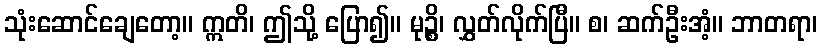
သုံးဆောင်ချေတော့။ ဣတိ၊ ဤသို့ ပြော၍။ မုဉ္စိ၊ လွှတ်လိုက်ပြီ။ စ၊ ဆက်ဦးအံ့။ ဘာတရာ၊